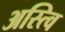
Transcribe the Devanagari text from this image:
अस्त्वि